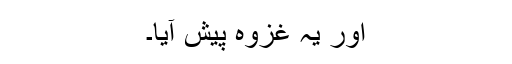
اور یہ غزوہ پیش آیا۔